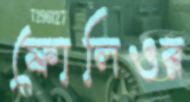
ফোলিওর